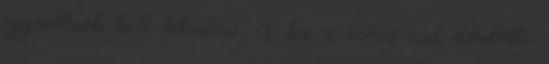
egyenlőnek kell tekinteni, és: ha a mérés azt döntötte